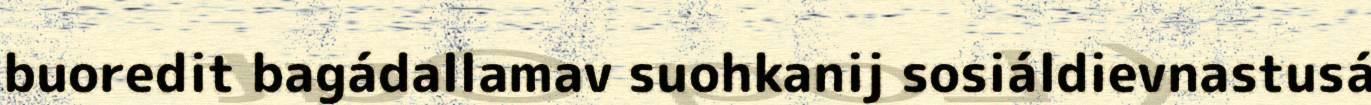
buoredit bagádallamav suohkanij sosiáldievnastusá